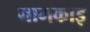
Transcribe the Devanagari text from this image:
नामकाइ